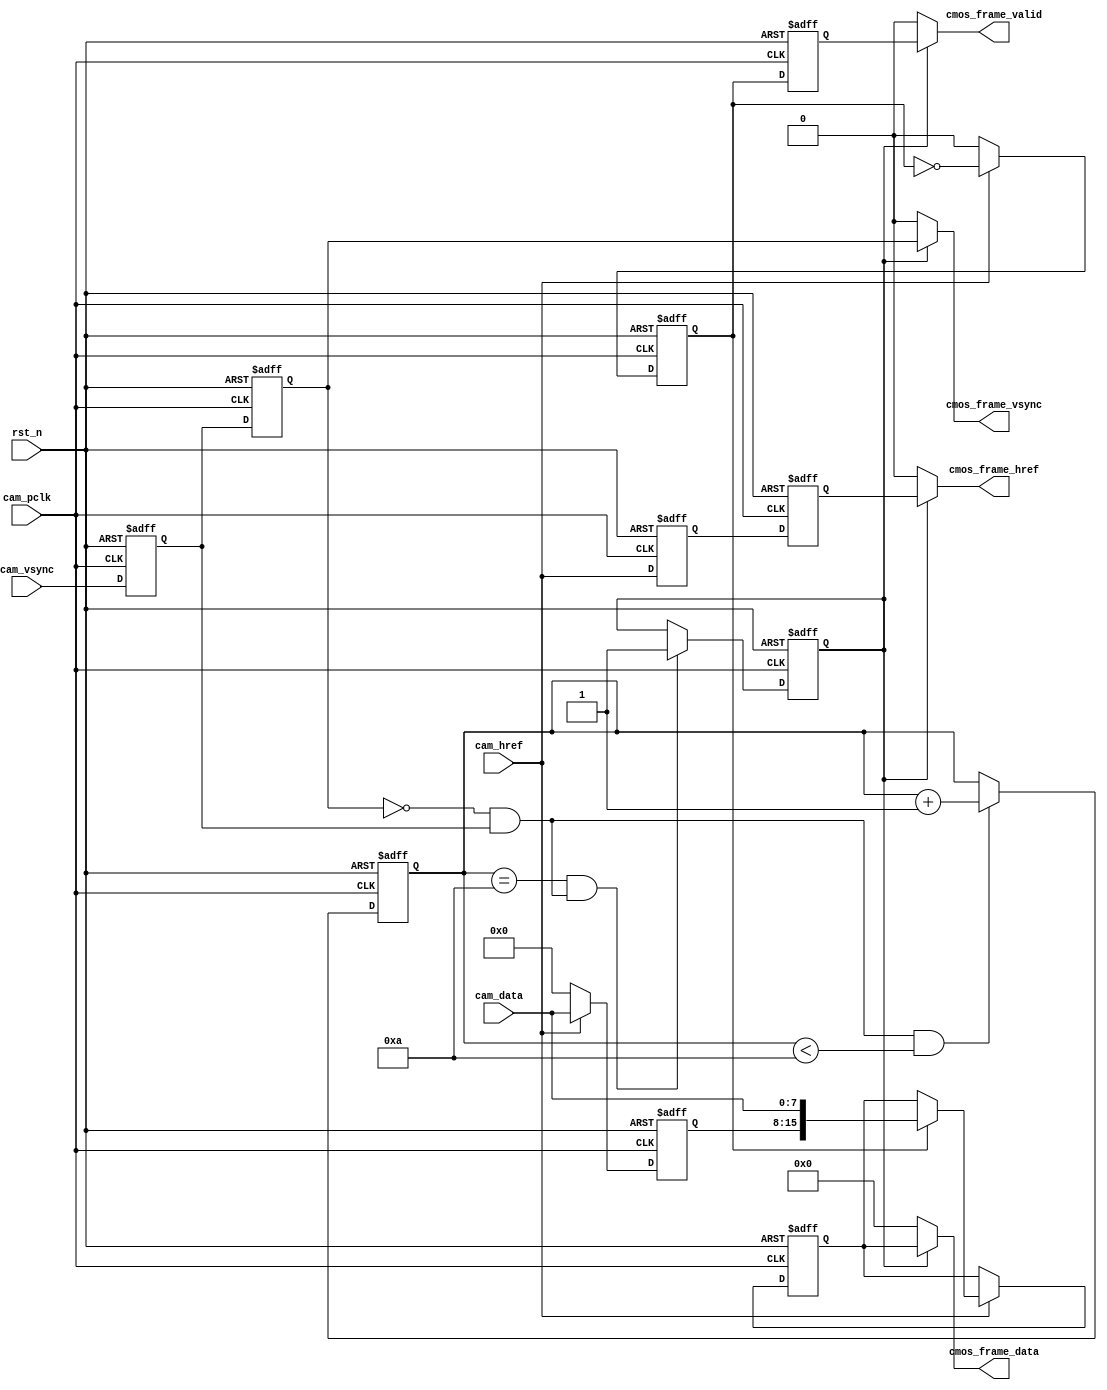
//****************************************Copyright (c)***********************************//                            
//----------------------------------------------------------------------------------------
// File name:          cmos_capture_data
// Last modified Date:  2021/6/10 11:28:58
// Last Version:        V1.0
// Descriptions:        sobel
//----------------------------------------------------------------------------------------
// Created date:        2021/6/10 11:28:58
// Version:             V1.0
// Descriptions:        CMOS
//
//----------------------------------------------------------------------------------------
//****************************************************************************************//


module cmos_capture_data(
    input                 rst_n           ,  //
    //
    input                 cam_pclk        ,  //cmos 
    input                 cam_vsync       ,  //cmos 
    input                 cam_href        ,  //cmos 
    input        [7:0]    cam_data        ,  //cmos                              
    //
    output                cmos_frame_vsync,  //    
    output                cmos_frame_href ,  //
    output                cmos_frame_valid,  //
    output       [15:0]   cmos_frame_data    //        
    );

//10
//
parameter  WAIT_FRAME = 4'd10  ;             //            

//reg define
reg             cam_vsync_d0   ;
reg             cam_vsync_d1   ;
reg             cam_href_d0    ;
reg             cam_href_d1    ;
reg    [3:0]    cmos_ps_cnt    ;             //
reg             frame_val_flag ;             //

reg    [7:0]    cam_data_d0    ;             
reg    [15:0]   cmos_data_t    ;             //816
reg             byte_flag      ;             
reg             byte_flag_d0   ;

//wire define
wire            pos_vsync      ;

//*****************************************************
//**                    main code
//*****************************************************

//
assign pos_vsync = (~cam_vsync_d1) & cam_vsync_d0;  

//
assign  cmos_frame_vsync = frame_val_flag  ?  cam_vsync_d1  :  1'b0; 
//
assign  cmos_frame_href  = frame_val_flag  ?  cam_href_d1   :  1'b0; 
//
assign  cmos_frame_valid = frame_val_flag  ?  byte_flag_d0  :  1'b0; 
//
assign  cmos_frame_data  = frame_val_flag  ?  cmos_data_t   :  1'b0; 

//
always @(posedge cam_pclk or negedge rst_n) begin
    if(!rst_n) begin
        cam_vsync_d0 <= 1'b0;
        cam_vsync_d1 <= 1'b0;
        cam_href_d0 <= 1'b0;
        cam_href_d1 <= 1'b0;
    end
    else begin
        cam_vsync_d0 <= cam_vsync;
        cam_vsync_d1 <= cam_vsync_d0;
        cam_href_d0 <= cam_href;
        cam_href_d1 <= cam_href_d0;
    end
end

//
always @(posedge cam_pclk or negedge rst_n) begin
    if(!rst_n)
        cmos_ps_cnt <= 4'd0;
    else if(pos_vsync && (cmos_ps_cnt < WAIT_FRAME))
        cmos_ps_cnt <= cmos_ps_cnt + 4'd1;
end

//
always @(posedge cam_pclk or negedge rst_n) begin
    if(!rst_n)
        frame_val_flag <= 1'b0;
    else if((cmos_ps_cnt == WAIT_FRAME) && pos_vsync)
        frame_val_flag <= 1'b1;
    else;    
end            

//816RGB565        
always @(posedge cam_pclk or negedge rst_n) begin
    if(!rst_n) begin
        cmos_data_t <= 16'd0;
        cam_data_d0 <= 8'd0;
        byte_flag <= 1'b0;
    end
    else if(cam_href) begin
        byte_flag <= ~byte_flag;
        cam_data_d0 <= cam_data;
        if(byte_flag)
            cmos_data_t <= {cam_data_d0,cam_data};
        else;   
    end
    else begin
        byte_flag <= 1'b0;
        cam_data_d0 <= 8'b0;
    end    
end        

//(cmos_frame_valid)
always @(posedge cam_pclk or negedge rst_n) begin
    if(!rst_n)
        byte_flag_d0 <= 1'b0;
    else
        byte_flag_d0 <= byte_flag;    
end          

endmodule